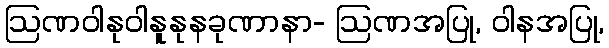
ဩဏဝါနုဝါနူနုနခုဏာနာ- ဩဏအပြု, ဝါနအပြု,